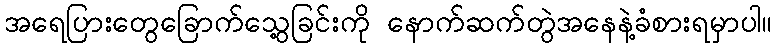
အရေပြားတွေခြောက်သွေ့ခြင်းကို နောက်ဆက်တွဲအနေနဲ့ခံစားရမှာပါ။